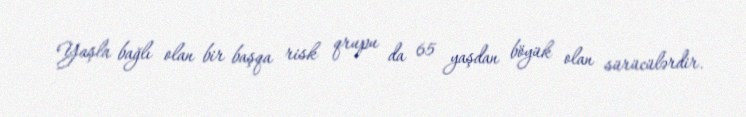
Yaşla bağlı olan bir başqa risk qrupu da 65 yaşdan böyük olan sürücülərdir.